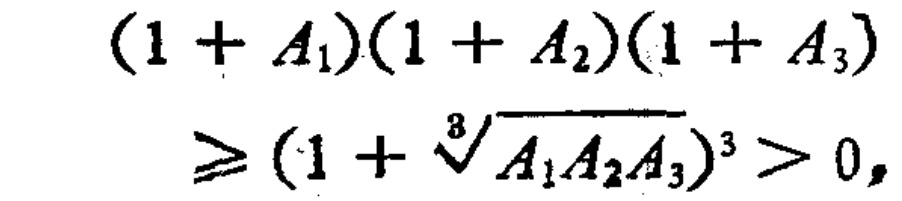
\[

\begin{align*}

(1 + A_1)(1 + A_2)(1 + A_3)\\

\geq(1 + \sqrt[3]{A_1A_2A_3})^3>0,

\end{align*}

\]